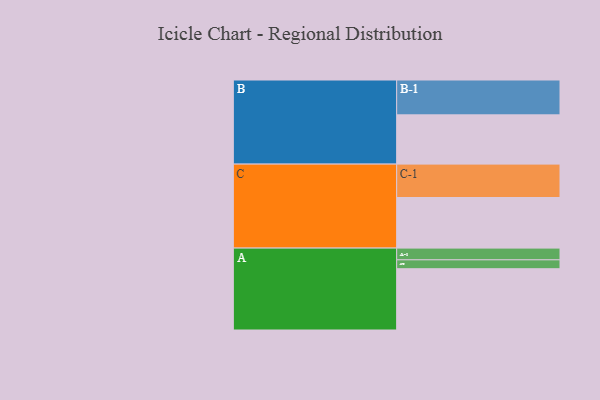
{"axis": {"x": "Segment", "y": "Value"}, "legend": ["", "A", "B", "C"], "data": [{"x": "A", "y": 413, "type": ""}, {"x": "B", "y": 332, "type": ""}, {"x": "C", "y": 341, "type": ""}, {"x": "A-1", "y": 79, "type": "A"}, {"x": "A-2", "y": 60, "type": "A"}, {"x": "B-1", "y": 235, "type": "B"}, {"x": "C-1", "y": 225, "type": "C"}]}